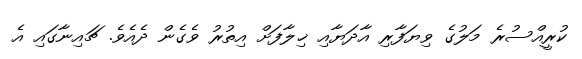
ކުރީއްސުރެ މަލުގެ ވިޔަފާރި އާދަޔާއި ޚިލާފަށް އިތުރު ވެގެން ދެއެވެ. ޗައިނާގައި އެ